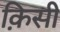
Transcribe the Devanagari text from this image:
क़िसी